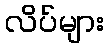
လိပ်များ